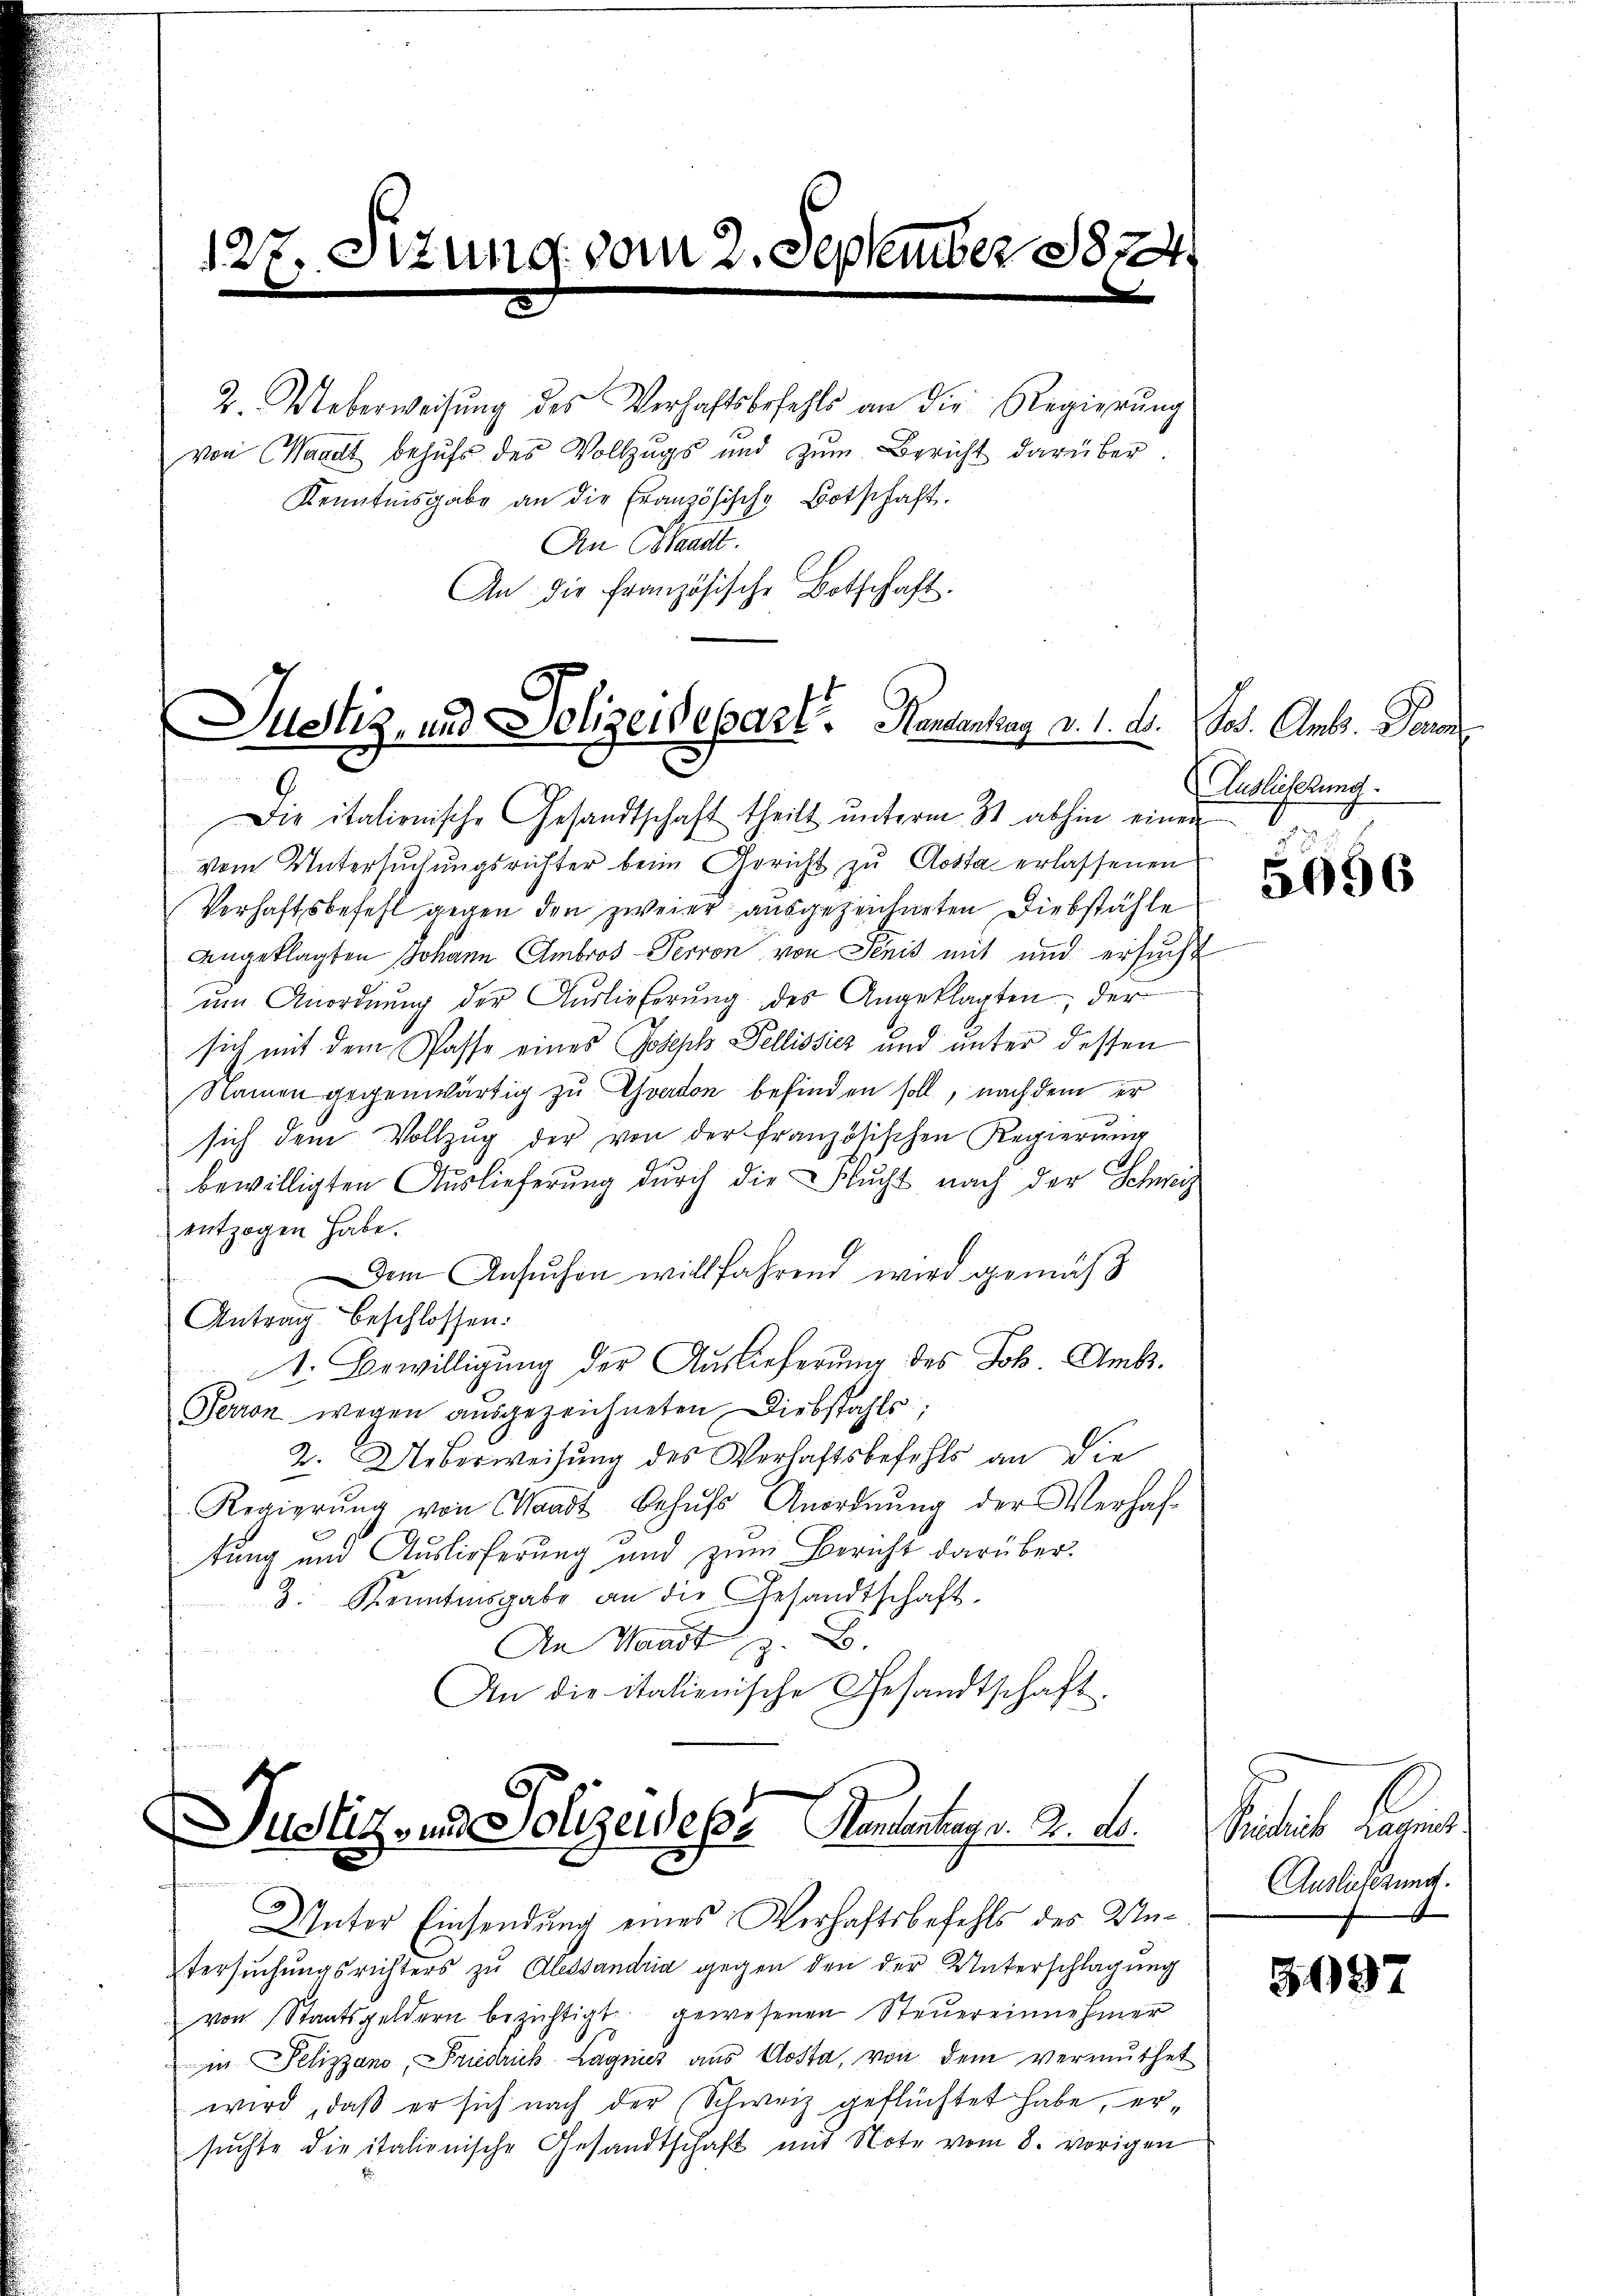
127. Sitzung vom 2. September 1824.

von Waadt behufs des Vollzugs und zŭm Bericht darüber.
Kenntnisgabe an die Französische Botschaft.
An Standt.
An die französische Botschaft.

2. Ueberweisung des Verhaftsbefehls an die Regierung

Justiz- und Polizeidepart. Handentrag d. 1. d.

Die italionische Gesandtschaft theilt unterm 31. abhin einen
vom Untersŭchŭngsrichter beim Gericht zŭ Aosta erlassenen
Verhaftsbefehl gegen den zweier ausgezeichneten Diebstähle
angeklagten Johann Ambros- Perron von Jenis mit und ersucht
ŭm Anordnŭng der Auslieferung des Angeklagten, der
sich mit dem Pässe eines Joseph Fellissicz und unter dessen
Namen gegenwärtig zu Evadon befinden soll, nachdem er
sich dem Vollzŭg der von der französischen Regierŭng
bewilligten Auslieferung durch die Wucht nach der Schweiz
entzogen habe.
Dem Ansuchen willfahrend wird gemäß
Antrag beschlossen:
4. Bewilligung der Auslieferung des Joh. Amts.
Perron wegen ausgezeichneten Diebstahls,
2. Ueberweisung des Verhaftsbefehls an die
Regierŭng von Waadt behŭfs Anordnŭng der Verhaft
tung und Auslieferung und zum Bericht darüber.
3. Kenntinsgabe an die Gesandtschaft.
An Waadt
An die italienische Gesandtschaft
s
Justiz- und Polizeidese Handentrag v. 2. d. Seichnik Lagens
Unter Einsendung eines Verhaftsbefehls des Untersuchungsrichters zu Alessandria gegen den der Unterschlagung
von Staatsgeldern bezichtigt gewesenen Steŭereinnehmer
in Pelizzano, Friedrich Lagnicz aŭs Aosta, von dem vermuthet
wird, daß er sich nach der Schweiz geflüchtet habe, ersŭchte die italienische Gesandtschaft mit Note vom 8. vorigen

Jos. Ant. Paul
Auslietung.

5656

Auslieferung.

5097